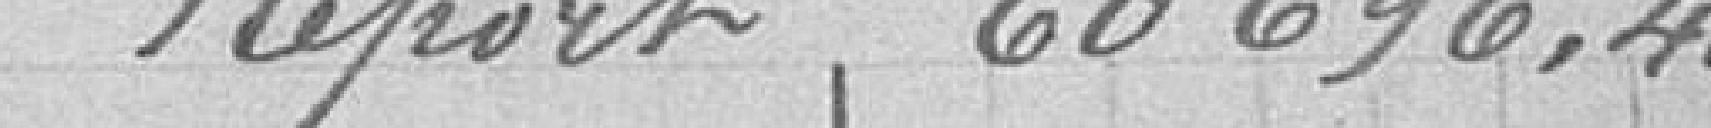
Report 60 696,40